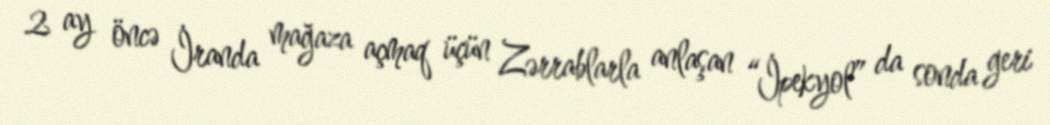
2 ay öncə İranda mağaza açmaq üçün Zərrablarla anlaşan “İpekyol” da sonda geri